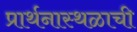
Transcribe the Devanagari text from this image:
प्रार्थनास्थळाची